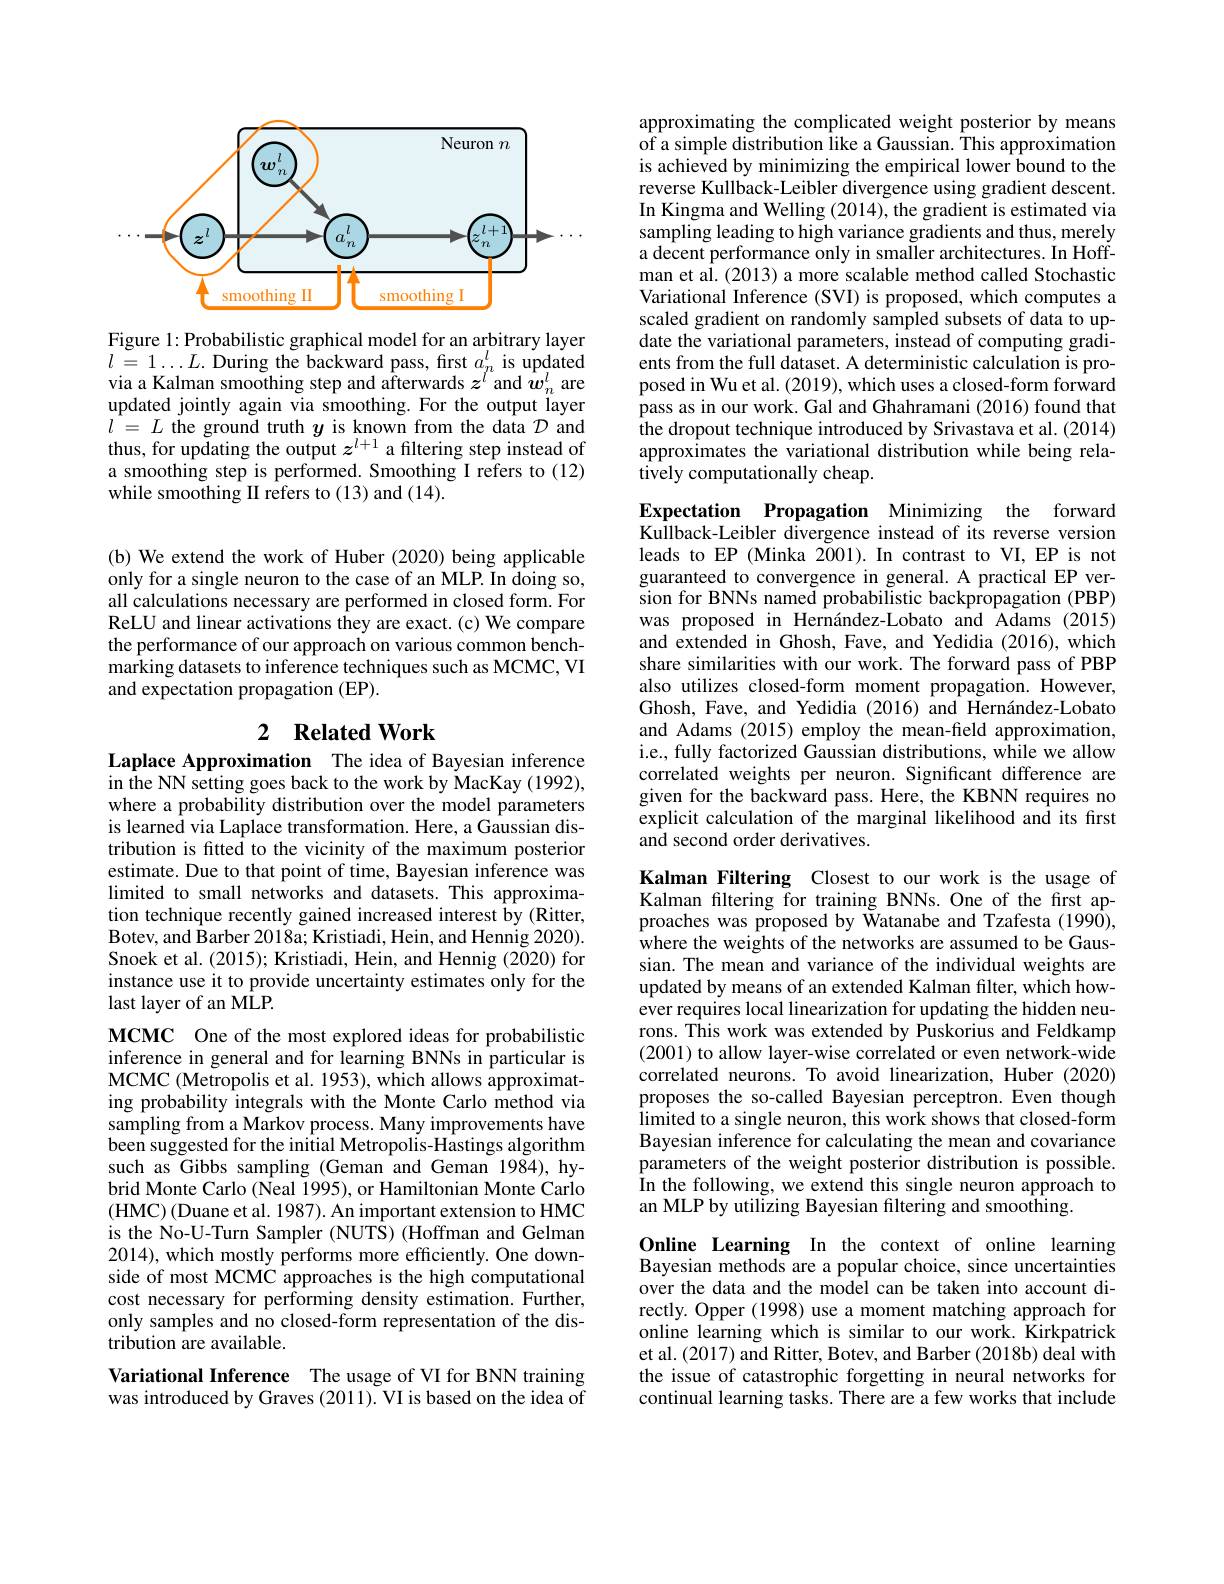
<FigureHere>

Figure 1: Probabilistic graphical model for an arbitrary layer $\begin{array}{l}{l=1\ldots L.\text{During the backward pass,first }a_{n}^{l}\text{ is updated}}\\{\mathrm{via~a~Kalman~smoothing~step~and~afterwards~}z^{l}\text{and }w_{n}^{l}\text{ are}}\end{array}$ updated jointly again via smoothing. For the output layer $\begin{array}{ll}{l=L\text{ the ground truth }y\text{ is known from the data }\mathcal{D}\text{ and}}\\{\mathrm{thus,~for~updating~the~output~}z^{l+1}\text{ a filtering step instead of}}\end{array}$ a smoothing step is performed. Smoothing I refers to (12) while smoothing II refers to (13) and (14).

(b) We extend the work of Huber (2020) being applicable only for a single neuron to the case of an MLP. In doing so, all calculations necessary are performed in closed form. For ReLU and linear activations they are exact. (c) We compare the performance of our approach on various common benchmarking datasets to inference techniques such as MCMC, VI and expectation propagation (EP).

# 2 Related Work

Laplace Approximation The idea of Bayesian inference in the NN setting goes back to the work by MacKay (1992), where a probability distribution over the model parameters is learned via Laplace transformation. Here, a Gaussian distribution is fitted to the vicinity of the maximum posterior estimate. Due to that point of time, Bayesian inference was limited to small networks and datasets. This approximation technique recently gained increased interest by (Ritter, Botev, and Barber 2018a; Kristiadi, Hein, and Hennig 2020). Snoek et al. (2015); Kristiadi, Hein, and Hennig (2020) for instance use it to provide uncertainty estimates only for the last layer of an MLP.

MCMC One of the most explored ideas for probabilistic inference in general and for learning BNNs in particular is MCMC (Metropolis et al. 1953), which allows approximating probability integrals with the Monte Carlo method via sampling from a Markov process. Many improvements have been suggested for the initial Metropolis-Hastings algorithm such as Gibbs sampling (Geman and Geman 1984), hybrid Monte Carlo (Neal 1995), or Hamiltonian Monte Carlo (HMC) (Duane et al. 1987). An important extension to HMC is the No-U-Turn Sampler (NUTS) (Hoffman and Gelman 2014), which mostly performs more efficiently. One downside of most MCMC approaches is the high computational cost necessary for performing density estimation. Further, only samples and no closed-form representation of the distribution are available.

Variational Inference The usage of VI for BNN training was introduced by Graves (2011). VI is based on the idea of

approximating the complicated weight posterior by means $\tilde{\text{of a simple distribution like a Gaussian. This approximation}}$ is achieved by minimizing the empirical lower bound to the reverse Kullback-Leibler divergence using gradient descent. In Kingma and Welling (2014), the gradient is estimated via sampling leading to high variance gradients and thus, merely a decent performance only in smaller architectures. In Hoffman et al. (2013) a more scalable method called Stochastic Variational Inference (SVI) is proposed, which computes a scaled gradient on randomly sampled subsets of data to update the variational parameters, instead of computing gradients from the full dataset. A deterministic calculation is proposed in Wu et al. (2019), which uses a closed-form forward pass as in our work. Gal and Ghahramani (2016) found that the dropout technique introduced by Srivastava et al. (2014) approximates the variational distribution while being relatively computationally cheap.

Expectation Propagation Minimizing the forward Kullback-Leibler divergence instead of its reverse version leads to EP (Minka 2001).In contrast to VI, EP is not guaranteed to convergence in general. A practical EP version for BNNs named probabilistic backpropagation (PBP) was proposed in Hernández-Lobato and Adams (2015) and extended in Ghosh, Fave, and Yedidia (2016), which share similarities with our work. The forward pass of PBP also utilizes closed-form moment propagation. However, Ghosh, Fave, and Yedidia (2016) and Hernández-Lobato and Adams (2015) employ the mean-field approximation, i.e., fully factorized Gaussian distributions, while we allow correlated weights per neuron. Significant difference are given for the backward pass. Here, the KBNN requires no explicit calculation of the marginal likelihood and its first and second order derivatives.

Kalman Filtering Closest to our work is the usage of Kalman filtering for training BNNs. One of the first approaches was proposed by Watanabe and Tzafesta (1990), where the weights of the networks are assumed to be Gaussian. The mean and variance of the individual weights are updated by means of an extended Kalman filter, which however requires local linearization for updating the hidden neurons. This work was extended by Puskorius and Feldkamp (2001) to allow layer-wise correlated or even network-wide correlated neurons. To avoid linearization, Huber (2020) proposes the so-called Bayesian perceptron.Even though limited to a single neuron, this work shows that closed-form Bayesian inference for calculating the mean and covariance parameters of the weight posterior distribution is possible. In the following, we extend this single neuron approach to an MLP by utilizing Bayesian filtering and smoothing

Online Learning In the context of online learning Bayesian methods are a popular choice, since uncertainties over the data and the model can be taken into account directly. Opper (1998) use a moment matching approach for online learning which is similar to our work. Kirkpatrick et al. (2017) and Ritter, Botev, and Barber (2018b) deal with the issue of catastrophic forgetting in neural networks for continual learning tasks. There are a few works that include